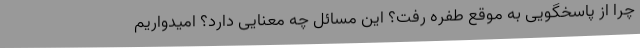
چرا از پاسخگویی به موقع طفره رفت؟ این مسائل چه معنایی دارد؟ امیدواریم